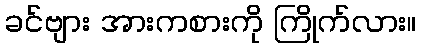
ခင်ဗျား အားကစားကို ကြိုက်လား။